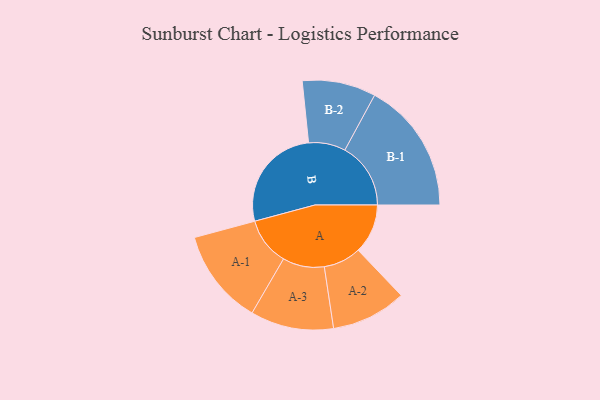
{"axis": {"x": "Segment", "y": "Value"}, "legend": ["", "A", "B"], "data": [{"x": "A", "y": 198, "type": ""}, {"x": "B", "y": 424, "type": ""}, {"x": "A-1", "y": 191, "type": "A"}, {"x": "A-2", "y": 150, "type": "A"}, {"x": "A-3", "y": 166, "type": "A"}, {"x": "B-1", "y": 263, "type": "B"}, {"x": "B-2", "y": 147, "type": "B"}]}